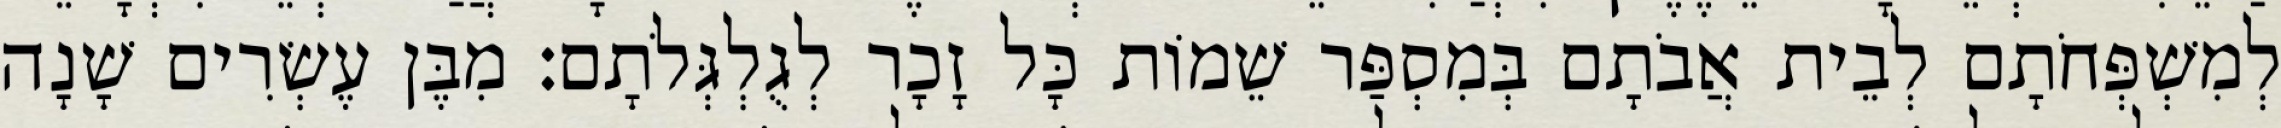
לְמִשְׁפְּחֹתָם לְבֵית אֲבֹתָם בְּמִסְפַּר שֵׁמוֹת כָּל זָכָר לְגֻלְגְּלֹתָם׃ מִבֶּן עֶשְׂרִים שָׁנָה